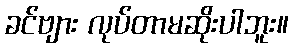
ခင်ဗျား လုပ်တာမဆိုးပါဘူး။